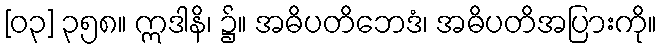
[၀၃] ၃၅၈။ ဣဒါနိ၊ ၌။ အဓိပတိဘေဒံ၊ အဓိပတိအပြားကို။